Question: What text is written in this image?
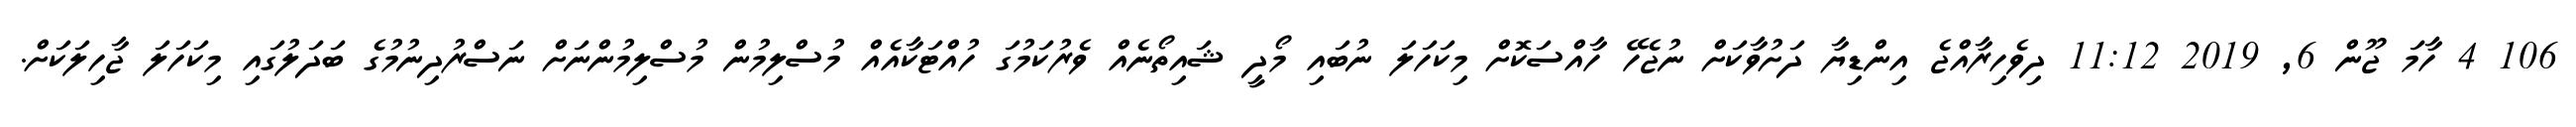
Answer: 106 4 ހާމަ ޖޫން 6, 2019 11:12 ދިވެހިރާއްޖެ އިންޑިޔާ ދަށުވާކަށް ނުޖެހޭ ހާއްސަކޮށް މިކަހަލަ ނުބައި މޯދީ ޝައިތޯނެއް ވެރުކަމުގަ ހުއްޓަކާއެއް މުސްލިމުން މުސްލިމުންނަށް ނަސްރުދިނުމުގެ ބަދަލުގައި މިކަހަލަ ޖާހިލަކަށް.